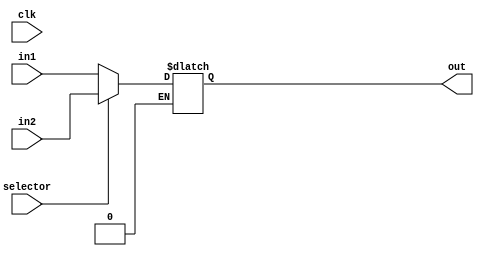
module mux (clk, in1, in2, selector, out);
input clk;
input [31:0] in1 ;
input [31:0] in2 ;
input selector;
output reg [31:0] out;


always @(in1, in2) begin
      if (selector==1'b0) 
    begin
        out=in1;
    end
    
    if(selector==1'b1) 
    begin
    out=in2;
    end

end
endmodule // 


module mux5 (clk, in1, in2, selector, out);
input clk;
input [4:0] in1 ;
input [4:0] in2 ;
input selector;
output reg [4:0] out;


always @(in1, in2) begin
      if (selector==1'b0) 
    begin
        out=in1;
    end
    
    if(selector==1'b1) 
    begin
    out=in2;
    end

end
endmodule //